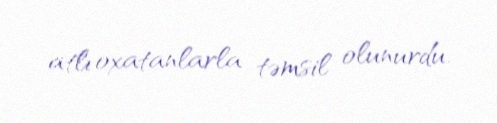
atlı oxatanlarla təmsil olunurdu.